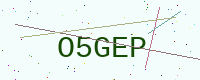
Text: O5GEP